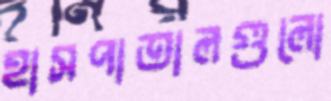
হাসপাতালগুলো